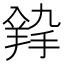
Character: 𦎚